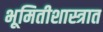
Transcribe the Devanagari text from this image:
भूमितीशास्त्रात